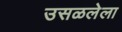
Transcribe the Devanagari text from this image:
उसळलेला